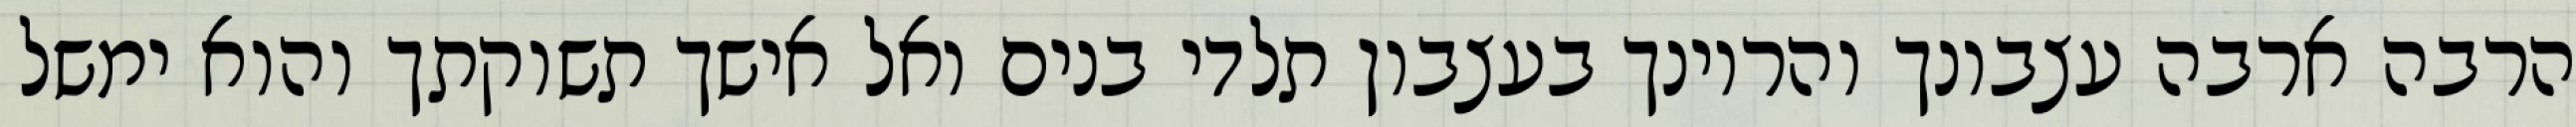
הרבה ארבה עצבונך והריונך בעצבון תלדי בנים ואל אישך תשוקתך והוא ימשל